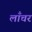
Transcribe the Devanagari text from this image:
लाँचर